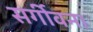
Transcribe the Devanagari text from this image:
सर्गीवना